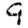
Digit: 9